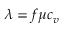
\lambda = f \mu c _ { v }